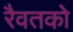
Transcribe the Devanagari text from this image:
रैवतको